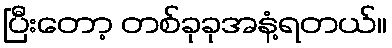
ပြီးတော့ တစ်ခုခုအနံ့ရတယ်။